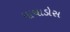
માચાડોસ